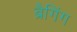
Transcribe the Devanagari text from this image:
ब्रैगिंग